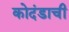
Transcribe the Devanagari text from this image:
कोदंडाची